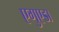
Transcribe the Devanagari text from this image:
एगुएडा